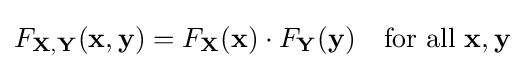
F_{\mathbf {X,Y} }(\mathbf {x,y} )=F_{\mathbf {X} }(\mathbf {x} )\cdot F_{\mathbf {Y} }(\mathbf {y} )\quad {\text{for all }}\mathbf {x} ,\mathbf {y}